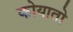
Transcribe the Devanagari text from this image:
कोयातो